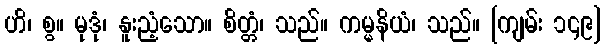
ဟိ၊ စွ။ မုဒုံ၊ နူးညံ့သော။ စိတ္တံ၊ သည်။ ကမ္မနိယံ၊ သည်။ [ကျမ်း ၁၄၉]